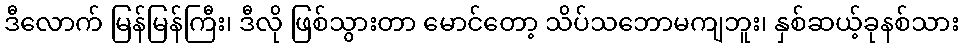
ဒီလောက် မြန်မြန်ကြီး၊ ဒီလို ဖြစ်သွားတာ မောင်တော့ သိပ်သဘောမကျဘူး၊ နှစ်ဆယ့်ခုနစ်သား